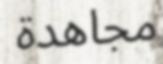
مجاھدة